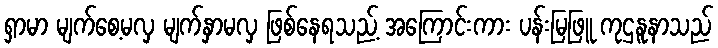
ရှာမာ မျက်စေ့မလှ မျက်နှာမလှ ဖြစ်နေရသည့် အကြောင်းကား ပန်းမြဖြူ ကုဌနူနာသည်